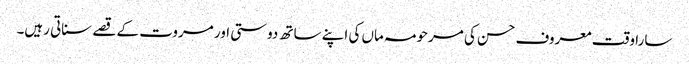
سارا وقت معروف حسن کی مرحومہ ماں کی اپنے ساتھ دوستی اور مروت کے قصے سناتی رہیں۔